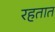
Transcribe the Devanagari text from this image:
रहतात